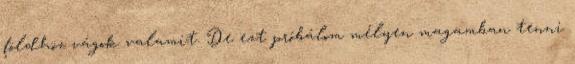
földhöz vágok valamit. De ezt próbálom mélyen magamban tenni